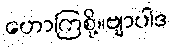
ဟောကြစို့။ဗျာပါဒ